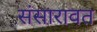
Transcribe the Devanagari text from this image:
संसारावत